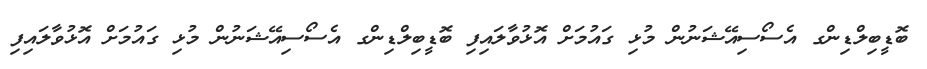
ބޮޑީބިލްޑިންގ އެސޯސިއޭޝަނުން މުޅި ގައުމަށް އޮޅުވާލައިފި ބޮޑީބިލްޑިންގ އެސޯސިއޭޝަނުން މުޅި ގައުމަށް އޮޅުވާލައިފި